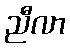
ညီလာ